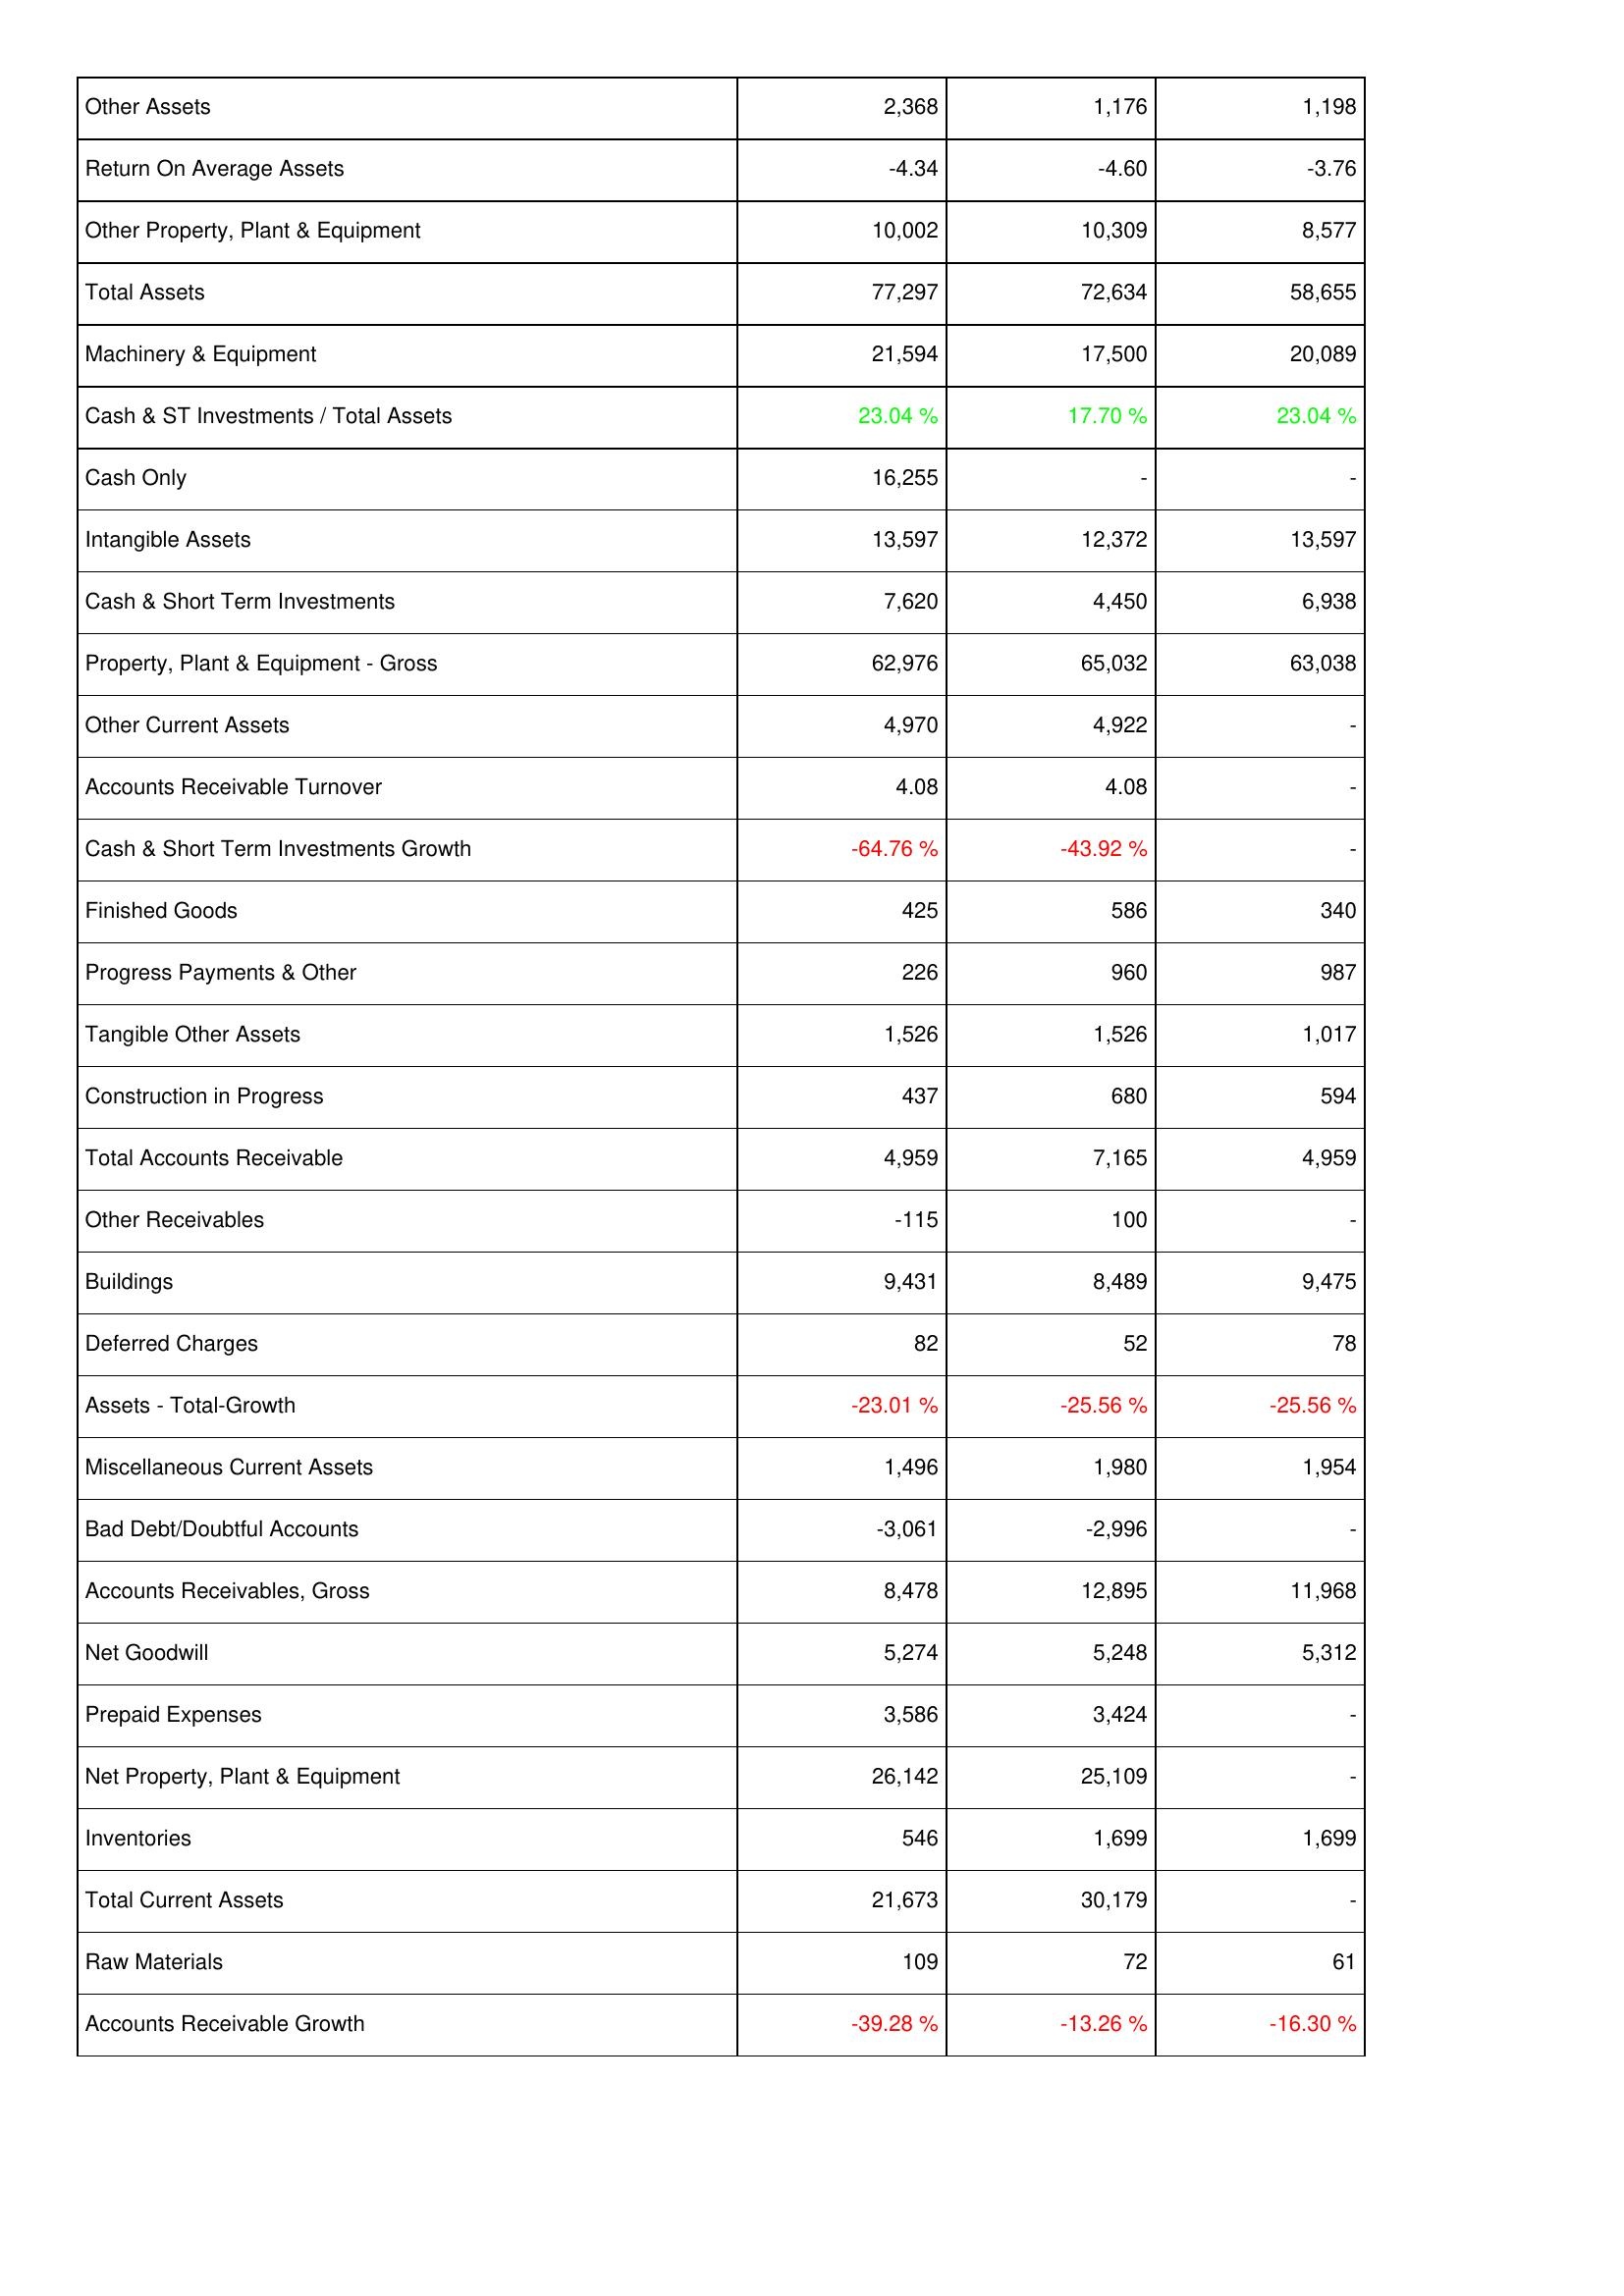
2018: Assets: Other Assets: 2,368
Return On Average Assets: -4.34
Other Property, Plant & Equipment: 10,002
Total Assets: 77,297
Machinery & Equipment: 21,594
Cash & ST Investments / Total Assets: 23.04 %
Cash Only: 16,255
Intangible Assets: 13,597
Cash & Short Term Investments: 7,620
Property, Plant & Equipment - Gross: 62,976
Other Current Assets: 4,970
Accounts Receivable Turnover: 4.08
Cash & Short Term Investments Growth: -64.76 %
Finished Goods: 425
Progress Payments & Other: 226
Tangible Other Assets: 1,526
Construction in Progress: 437
Total Accounts Receivable: 4,959
Other Receivables: -115
Buildings: 9,431
Deferred Charges: 82
Assets - Total-Growth: -23.01 %
Miscellaneous Current Assets: 1,496
Bad Debt/Doubtful Accounts: -3,061
Accounts Receivables, Gross: 8,478
Net Goodwill: 5,274
Prepaid Expenses: 3,586
Net Property, Plant & Equipment: 26,142
Inventories: 546
Total Current Assets: 21,673
Raw Materials: 109
Accounts Receivable Growth: -39.28 %
2019: Assets: Other Assets: 1,176
Return On Average Assets: -4.60
Other Property, Plant & Equipment: 10,309
Total Assets: 72,634
Machinery & Equipment: 17,500
Cash & ST Investments / Total Assets: 17.70 %
Cash Only: -
Intangible Assets: 12,372
Cash & Short Term Investments: 4,450
Property, Plant & Equipment - Gross: 65,032
Other Current Assets: 4,922
Accounts Receivable Turnover: 4.08
Cash & Short Term Investments Growth: -43.92 %
Finished Goods: 586
Progress Payments & Other: 960
Tangible Other Assets: 1,526
Construction in Progress: 680
Total Accounts Receivable: 7,165
Other Receivables: 100
Buildings: 8,489
Deferred Charges: 52
Assets - Total-Growth: -25.56 %
Miscellaneous Current Assets: 1,980
Bad Debt/Doubtful Accounts: -2,996
Accounts Receivables, Gross: 12,895
Net Goodwill: 5,248
Prepaid Expenses: 3,424
Net Property, Plant & Equipment: 25,109
Inventories: 1,699
Total Current Assets: 30,179
Raw Materials: 72
Accounts Receivable Growth: -13.26 %
2020: Assets: Other Assets: 1,198
Return On Average Assets: -3.76
Other Property, Plant & Equipment: 8,577
Total Assets: 58,655
Machinery & Equipment: 20,089
Cash & ST Investments / Total Assets: 23.04 %
Cash Only: -
Intangible Assets: 13,597
Cash & Short Term Investments: 6,938
Property, Plant & Equipment - Gross: 63,038
Other Current Assets: -
Accounts Receivable Turnover: -
Cash & Short Term Investments Growth: -
Finished Goods: 340
Progress Payments & Other: 987
Tangible Other Assets: 1,017
Construction in Progress: 594
Total Accounts Receivable: 4,959
Other Receivables: -
Buildings: 9,475
Deferred Charges: 78
Assets - Total-Growth: -25.56 %
Miscellaneous Current Assets: 1,954
Bad Debt/Doubtful Accounts: -
Accounts Receivables, Gross: 11,968
Net Goodwill: 5,312
Prepaid Expenses: -
Net Property, Plant & Equipment: -
Inventories: 1,699
Total Current Assets: -
Raw Materials: 61
Accounts Receivable Growth: -16.30 %